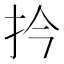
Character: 扲